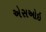
એસઓઇ